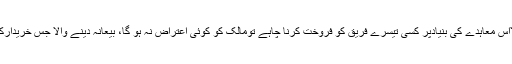
اور یہ بات بھی معاہدے کا حصہ ہوتی ہے کہ معاہدئہ بیعانہ کرنے والااس معاہدے کی بنیادپر کسی تیسرے فریق کو فروخت کرنا چاہے تومالک کو کوئی اعتراض نہ ہو گا، بیعانہ دینے والا جس خریدارکا نام پیش کرے گا، مالک اس کے نام ملکیت منتقل کرنے کا پابند ہو گا۔